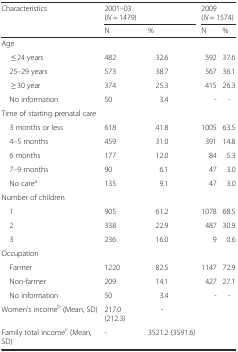
<table><thead><tr><td rowspan="3"><b>Characteristics</b></td><td colspan="2"><b>2001–03</b></td><td colspan="2"><b>2009</b></td></tr><tr><td colspan="2"><b>(<i>N</i> = 1479)</b></td><td colspan="2"><b>(<i>N</i> = 1574)</b></td></tr><tr><td><b>N</b></td><td><b>%</b></td><td><b>N</b></td><td><b>%</b></td></tr></thead><tbody><tr><td colspan="5">Age</td></tr><tr><td>≤ 24 years</td><td>482</td><td>32.6</td><td>592</td><td>37.6</td></tr><tr><td> 25–29 years</td><td>573</td><td>38.7</td><td>567</td><td>36.1</td></tr><tr><td>≥ 30 year</td><td>374</td><td>25.3</td><td>415</td><td>26.3</td></tr><tr><td> No information</td><td>50</td><td>3.4</td><td>-</td><td>-</td></tr><tr><td colspan="5">Time of starting prenatal care</td></tr><tr><td> 3 months or less</td><td>618</td><td>41.8</td><td>1005</td><td>63.5</td></tr><tr><td> 4–5 months</td><td>459</td><td>31.0</td><td>391</td><td>14.8</td></tr><tr><td> 6 months</td><td>177</td><td>12.0</td><td>84</td><td>5.3</td></tr><tr><td> 7–9 months</td><td>90</td><td>6.1</td><td>47</td><td>3.0</td></tr><tr><td> No care<sup>a</sup></td><td>135</td><td>9.1</td><td>47</td><td>3.0</td></tr><tr><td colspan="5">Number of children</td></tr><tr><td> 1</td><td>905</td><td>61.2</td><td>1078</td><td>68.5</td></tr><tr><td> 2</td><td>338</td><td>22.9</td><td>487</td><td>30.9</td></tr><tr><td> 3</td><td>236</td><td>16.0</td><td>9</td><td>0.6</td></tr><tr><td colspan="5">Occupation</td></tr><tr><td> Farmer</td><td>1220</td><td>82.5</td><td>1147</td><td>72.9</td></tr><tr><td> Non-farmer</td><td>209</td><td>14.1</td><td>427</td><td>27.1</td></tr><tr><td> No information</td><td>50</td><td>3.4</td><td>-</td><td>-</td></tr><tr><td>Women’s income<sup>b</sup> (Mean, SD)</td><td>217.0 (212.3)</td><td>-</td><td>[EMPTY_CELL]</td><td>[EMPTY_CELL]</td></tr><tr><td>Family total income<sup>c</sup> (Mean, SD)</td><td>-</td><td>3521.2 (3591.6)</td><td>[EMPTY_CELL]</td><td>[EMPTY_CELL]</td></tr></tbody></table>